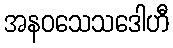
အနဝသေသဒေါဟီ